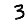
Digit: 3